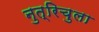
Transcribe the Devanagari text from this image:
नुत्रिचुला